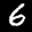
Label: 6